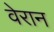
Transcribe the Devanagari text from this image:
वेरान